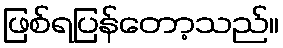
ဖြစ်ရပြန်တော့သည်။